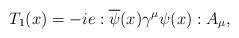
LaTeX: \begin{align*}T_1(x)=-ie:\overline{\psi}(x)\gamma^{\mu}\psi(x):A_{\mu},\end{align*}